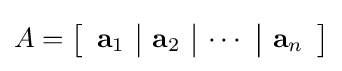
A=\left[{\begin{array}{c|c|c|c}\mathbf {a} _{1}&\mathbf {a} _{2}&\cdots &\mathbf {a} _{n}\end{array}}\right]